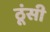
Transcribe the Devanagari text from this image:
ठूंसी